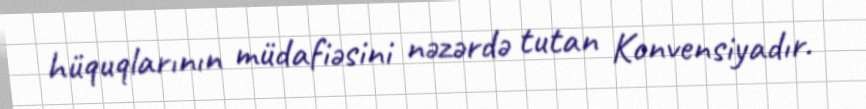
hüquqlarının müdafiəsini nəzərdə tutan Konvensiyadır.